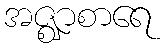
အဇ္ဈာစာရေ